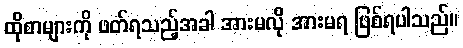
ထိုစာများကို ဖတ်ရသည့်အခါ အားမလို အားမရ ဖြစ်ရပါသည်။